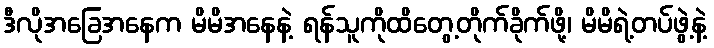
ဒီလိုအခြေအနေက မိမိအနေနဲ့ ရန်သူကိုထိတွေ့တိုက်ခိုက်ဖို့၊ မိမိရဲ့တပ်ဖွဲ့နဲ့